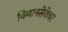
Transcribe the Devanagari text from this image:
विमानसेवेवर